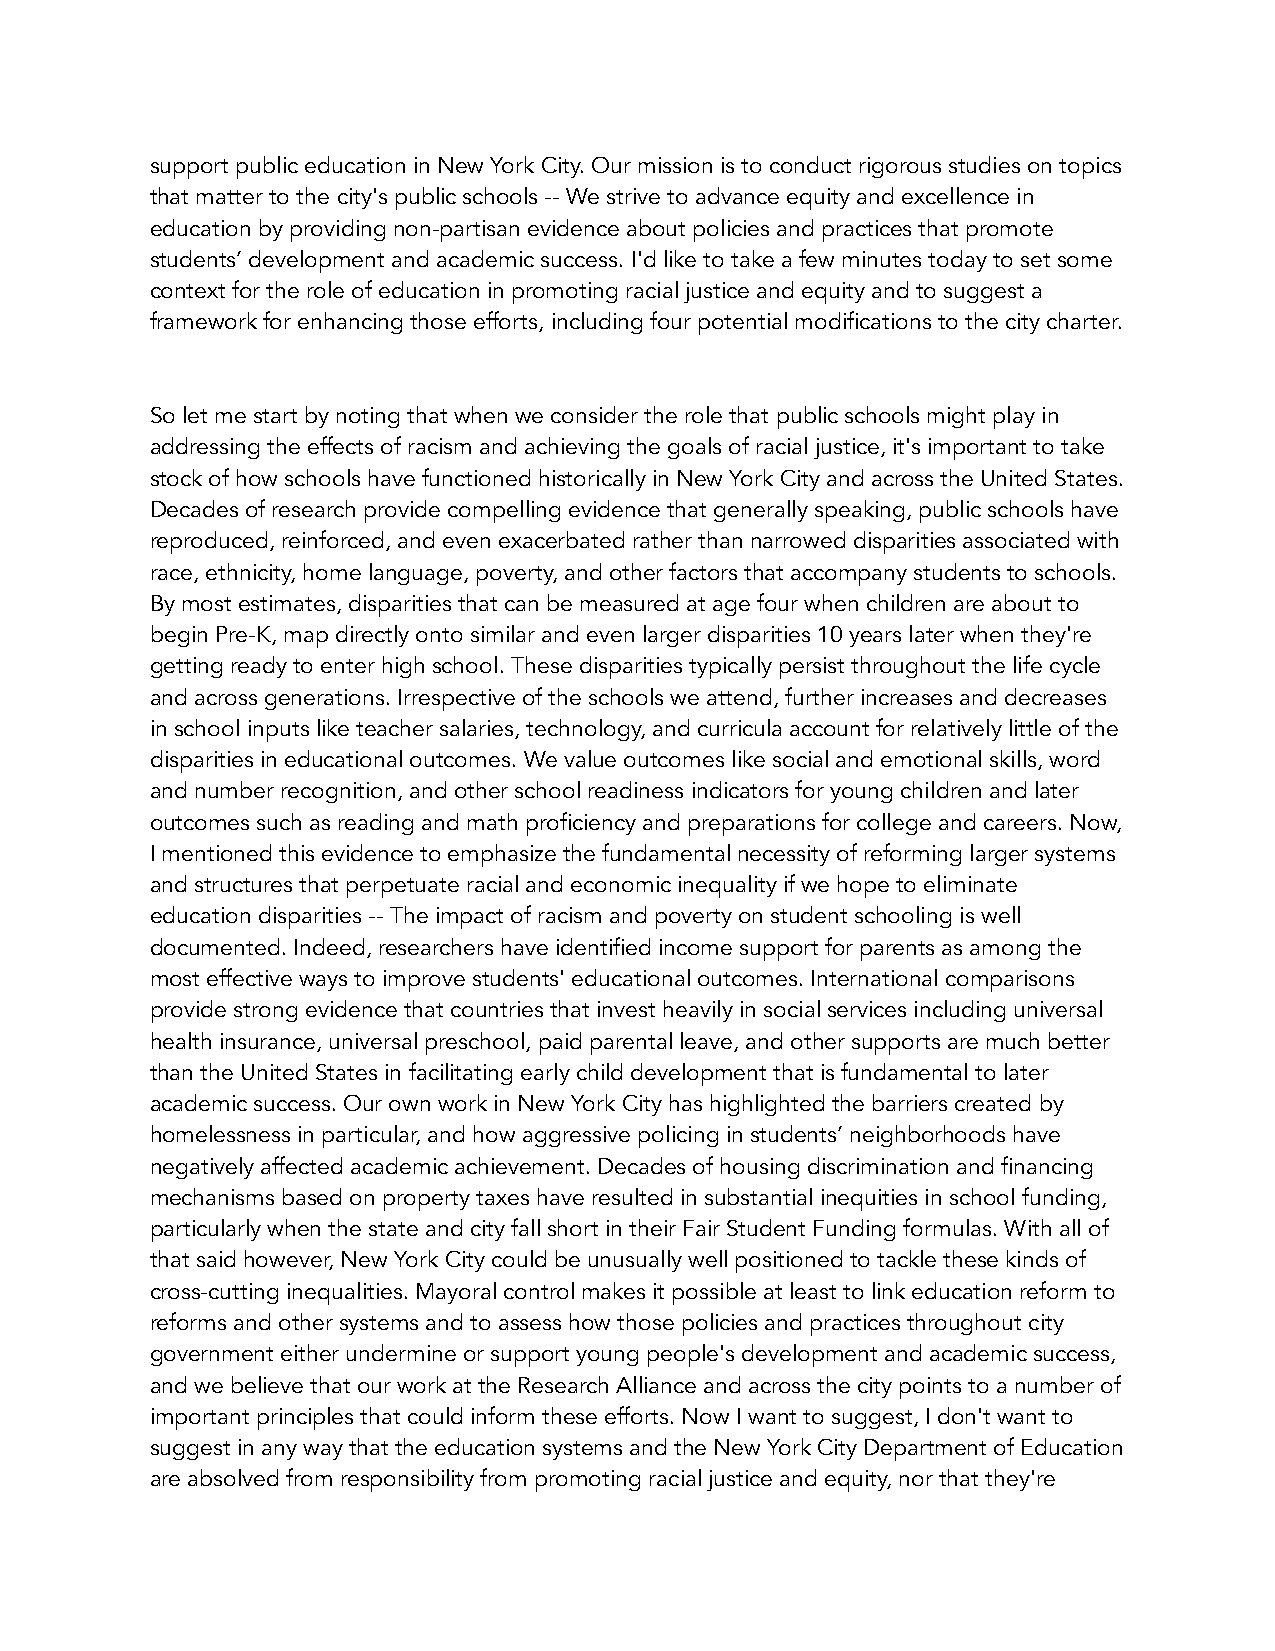
support public education in New York City. Our mission is to conduct rigorous studies on topics
 that matter to the city's public schools -- We strive to advance equity and excellence in
 education by providing non-partisan evidence about policies and practices that promote
 students’ development and academic success. I'd like to take a few minutes today to set some
 context for the role of education in promoting racial justice and equity and to suggest a
 framework for enhancing those efforts, including four potential modifications to the city charter.
 So let me start by noting that when we consider the role that public schools might play in
 addressing the effects of racism and achieving the goals of racial justice, it's important to take
 stock of how schools have functioned historically in New York City and across the United States.
 Decades of research provide compelling evidence that generally speaking, public schools have
 reproduced, reinforced, and even exacerbated rather than narrowed disparities associated with
 race, ethnicity, home language, poverty, and other factors that accompany students to schools.
 By most estimates, disparities that can be measured at age four when children are about to
 begin Pre-K, map directly onto similar and even larger disparities 10 years later when they're
 getting ready to enter high school. These disparities typically persist throughout the life cycle
 and across generations. Irrespective of the schools we attend, further increases and decreases
 in school inputs like teacher salaries, technology, and curricula account for relatively little of the
 disparities in educational outcomes. We value outcomes like social and emotional skills, word
 and number recognition, and other school readiness indicators for young children and later
 outcomes such as reading and math proficiency and preparations for college and careers. Now,
 I mentioned this evidence to emphasize the fundamental necessity of reforming larger systems
 and structures that perpetuate racial and economic inequality if we hope to eliminate
 education disparities -- The impact of racism and poverty on student schooling is well
 documented. Indeed, researchers have identified income support for parents as among the
 most effective ways to improve students' educational outcomes. International comparisons
 provide strong evidence that countries that invest heavily in social services including universal
 health insurance, universal preschool, paid parental leave, and other supports are much better
 than the United States in facilitating early child development that is fundamental to later
 academic success. Our own work in New York City has highlighted the barriers created by
 homelessness in particular, and how aggressive policing in students’ neighborhoods have
 negatively affected academic achievement. Decades of housing discrimination and financing
 mechanisms based on property taxes have resulted in substantial inequities in school funding,
 particularly when the state and city fall short in their Fair Student Funding formulas. With all of
 that said however, New York City could be unusually well positioned to tackle these kinds of
 cross-cutting inequalities. Mayoral control makes it possible at least to link education reform to
 reforms and other systems and to assess how those policies and practices throughout city
 government either undermine or support young people's development and academic success,
 and we believe that our work at the Research Alliance and across the city points to a number of
 important principles that could inform these efforts. Now I want to suggest, I don't want to
 suggest in any way that the education systems and the New York City Department of Education
 are absolved from responsibility from promoting racial justice and equity, nor that they're